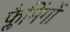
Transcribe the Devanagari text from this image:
फ्लैमिंगों